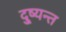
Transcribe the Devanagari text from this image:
दु्ष्यन्त